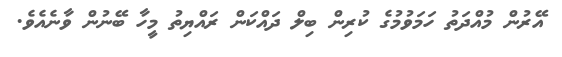
އޭރުން މުއްދަތު ހަމަވުމުގެ ކުރިން ބިލް ދައްކަން ރައްޔިތު މީހާ ބޭނުން ވާނެއެވެ.